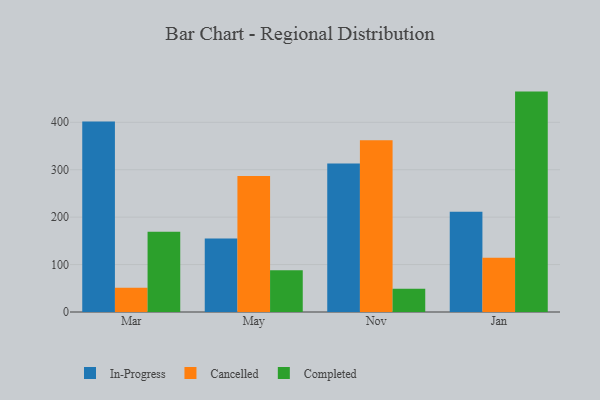
{"axis": {"x": "Month", "y": "Revenue (USD Million)"}, "legend": ["Cancelled", "Completed", "In-Progress"], "data": [{"x": "Mar", "y": 401.5, "type": "In-Progress"}, {"x": "Mar", "y": 50.9, "type": "Cancelled"}, {"x": "Mar", "y": 169.3, "type": "Completed"}, {"x": "May", "y": 155.1, "type": "In-Progress"}, {"x": "May", "y": 286.6, "type": "Cancelled"}, {"x": "May", "y": 87.8, "type": "Completed"}, {"x": "Nov", "y": 313.1, "type": "In-Progress"}, {"x": "Nov", "y": 362.2, "type": "Cancelled"}, {"x": "Nov", "y": 49.0, "type": "Completed"}, {"x": "Jan", "y": 211.3, "type": "In-Progress"}, {"x": "Jan", "y": 114.2, "type": "Cancelled"}, {"x": "Jan", "y": 464.7, "type": "Completed"}]}